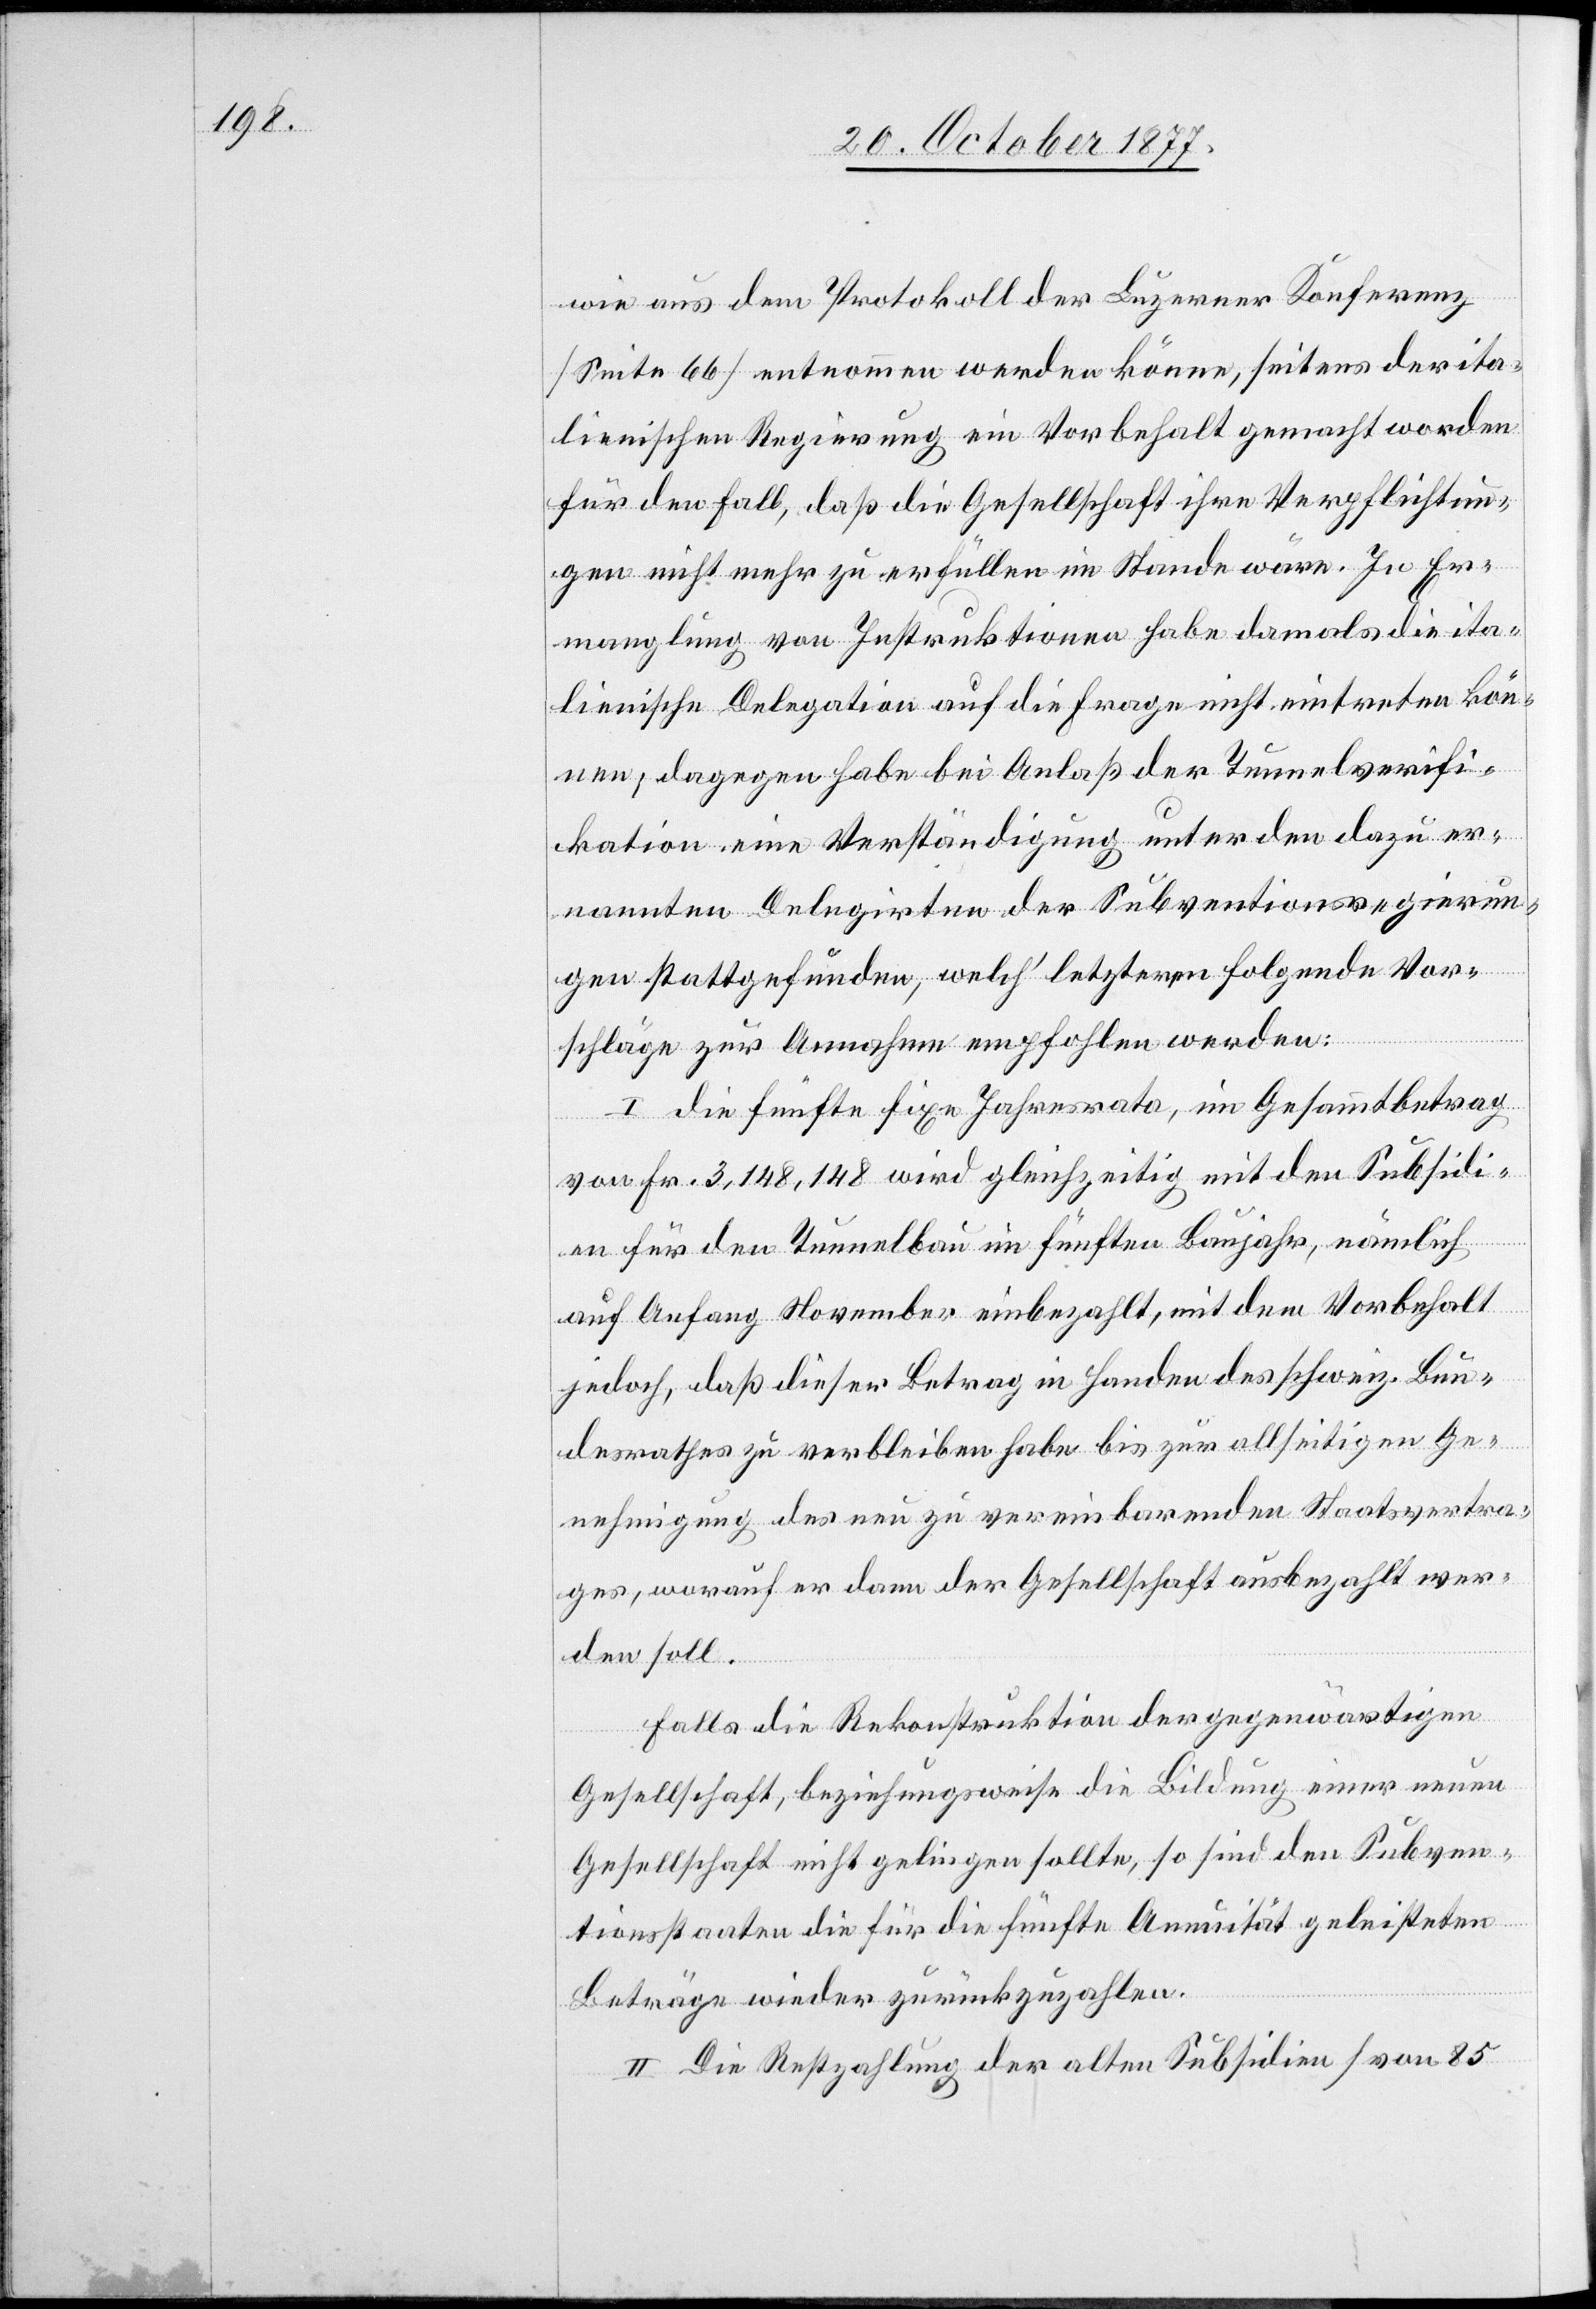
wie aus dem Protokoll der Luzerner Konferenz
[Seite 66] entnommen werden könne, seitens der ita¬
lienischen Regierung ein Vorbehalt gemacht worden
für den Fall, daß die Gesellschaft ihre Verpflichtun¬
gen nicht mehr zu erfüllen im Stande wäre. In Er¬
manglung von Instruktionen habe damals die ita¬
lienische Delegation auf die Frage nicht eintreten kön¬
nen; dagegen habe bei Anlaß der Tunnelverifi¬
kation eine Verständigung unter den dazu er¬
nannten Delegirten der Subventionsregierun¬
gen stattgefunden, welch‘ letzteren folgende Vor¬
schläge zur Annahme empfohlen werden:
I. die fünfte fixe Jahresrata, im Gesammtbetrag
von Fr. 3,148,148 wird gleichzeitig mit den Subsidi¬
en für den Tunnelbau im fünften Baujahr, nämlich
auf Anfang November einbezahlt, mit dem Vorbehalt
jedoch, daß dieser Betrag in Handen des schweiz. Bun¬
desrathes zu verbleiben habe bis zur allseitigen Ge¬
nehmigung des neu zu vereinbarenden Staatsvertra¬
ges, worauf er dann der Gesellschaft ausbezahlt wer¬
den soll.
Falls die Rekonstruktion der gegenwärtigen
Gesellschaft, beziehungsweise die Bildung einer neuen
Gesellschaft nicht gelingen sollte, so sind den Subven¬
tionsstaaten die für die fünfte Annuität geleisteten
Beträge wieder zurückzuzahlen.
II. Die Restzahlung der alten Subsidien [von 85